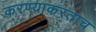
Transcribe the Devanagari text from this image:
करण्याकरताच